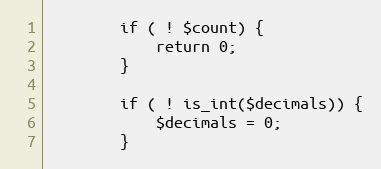
Language: PHP
        if ( ! $count) {
            return 0;
        }

        if ( ! is_int($decimals)) {
            $decimals = 0;
        }